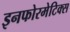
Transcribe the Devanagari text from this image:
इनफोरमेटिक्स